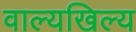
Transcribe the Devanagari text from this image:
वाल्यखिल्य